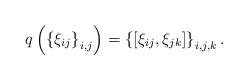
LaTeX: \begin{align*}q \left( \left\{ \xi_{ij} \right\}_{i,j} \right) = \left\{ \left[ \xi_{ij}, \xi_{jk} \right] \right\}_{i,j,k}.\end{align*}